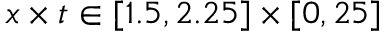
x \times t \in [ 1 . 5 , 2 . 2 5 ] \times [ 0 , 2 5 ]